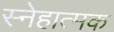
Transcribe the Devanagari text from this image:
स्नेहात्मक